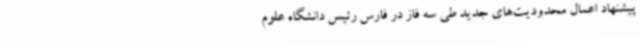
پیشنهاد اعمال محدودیت‌های جدید طی سه فاز در فارس رئیس دانشگاه علوم